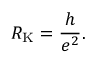
R _ { \mathrm { K } } = { \frac { h } { e ^ { 2 } } } .